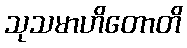
သုသမာဟိတောတိ